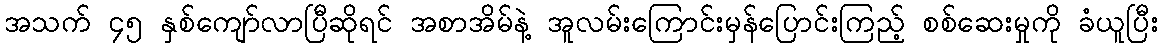
အသက် ၄၅ နှစ်ကျော်လာပြီဆိုရင် အစာအိမ်နဲ့ အူလမ်းကြောင်းမှန်ပြောင်းကြည့် စစ်ဆေးမှုကို ခံယူပြီး